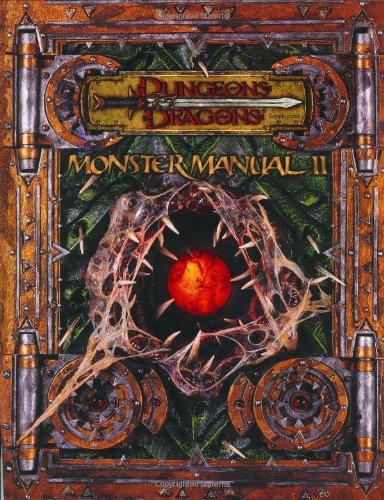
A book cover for Monster Manual II (Dungeons & Dragons d20 3.0 Fantasy Roleplaying Supplement); Jeff Grubb; Science Fiction & Fantasy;